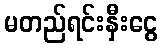
မတည်ရင်းနှီးငွေ